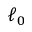
\ell _ { 0 }